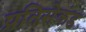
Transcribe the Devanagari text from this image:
प्रतिसेकंड